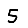
Digit: 5